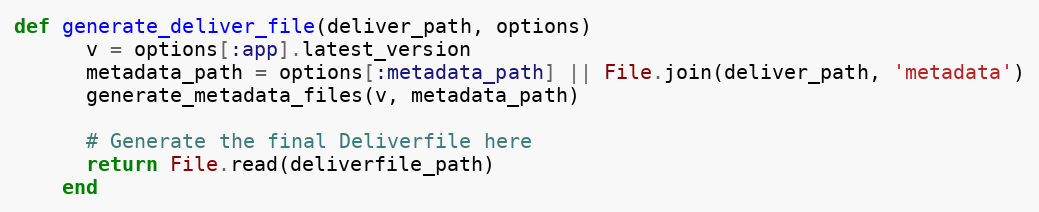
Language: Ruby
def generate_deliver_file(deliver_path, options)
      v = options[:app].latest_version
      metadata_path = options[:metadata_path] || File.join(deliver_path, 'metadata')
      generate_metadata_files(v, metadata_path)

      # Generate the final Deliverfile here
      return File.read(deliverfile_path)
    end